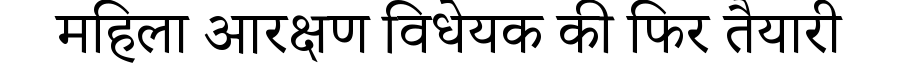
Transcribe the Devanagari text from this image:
महिला आरक्षण विधेयक की फिर तैयारी